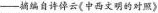
——摘编自许倬云《中西文明的对照》